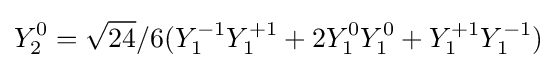
Y_{2}^{0}={\sqrt {24}}/6(Y_{1}^{-1}Y_{1}^{+1}+2Y_{1}^{0}Y_{1}^{0}+Y_{1}^{+1}Y_{1}^{-1})